Annual administration report of the Civil Veterinary Department, Sind - 1945-1946
Year: 1945
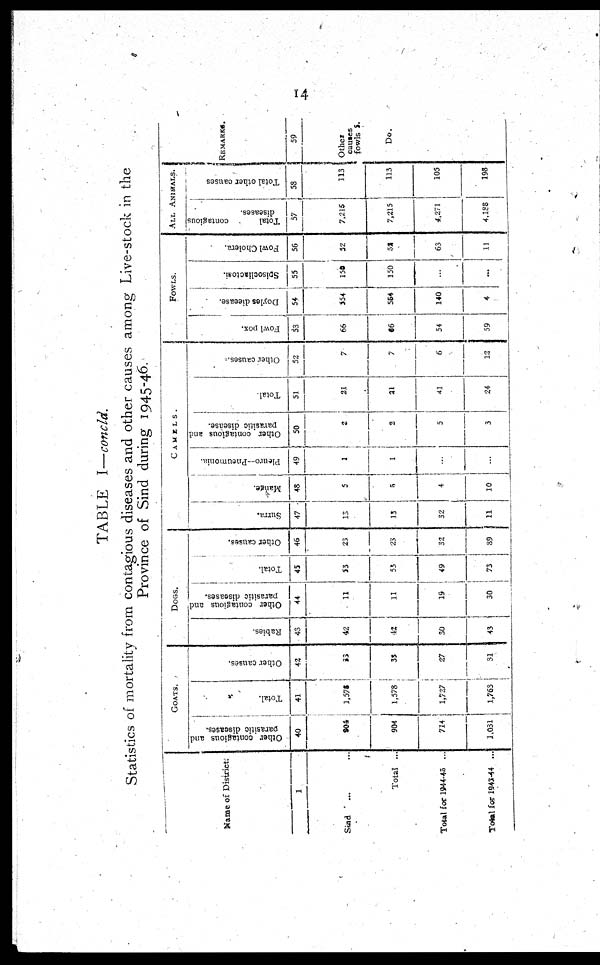
14
TABLE I—concld.
Statistics of mortality from contagious diseases and other causes among Live-stock in the
Province of Sind during 1945-46.
Name of District.
1
Sind ... ...
Total ...
Total for 1944-45 ...
Total for 1943-44 ...
GOATS.
Other contagious and
parasitic diseases.
40
904
904
724
1,031
Total.
41
1,575
1,578
1,727
1,763
Other causes.
42
33
33
27
31
DOGS.
Rabies.
43
42
42
50
43
Other contagious and
parasitic diseases.
44
11
11
19
30
Total.
45
53
53
49
73
Other causes.
46
23
23
32
89
CAMELS.
Surra.
47
13
13
32
11
Mange.
48
5
5
4
10
Pleuro—Pneumonia.
49
1
1
...
...
Other contagious and
parasitic disease.
50
2
2
5
3
Total.
51
21
21
41
24
Other causes.
52
7
7
6
13
FOWLS.
Fowl pox.
53
66
66
54
59
Doyles dieease.
54
554
564
140
4
Spisocliactosi.
55
150
150
...
...
Fowl Cholera.
56
52
52
63
11
ALL ANIMALS.
Total
contagious
diseases.
57
7,215
7,215
4,271
4,188
Total other causes
58
113
113
105
193
REMARKS.
59
Other
causes
fowls
Do.